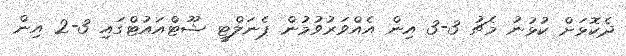
ދެކޮޅަށް ކުޅުނު މެޗު 3-3 އިން އެއްވަރުވުމުން ޕެނަލްޓީ ޝޫޓްއައުޓްގައި 3-2 އިން